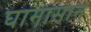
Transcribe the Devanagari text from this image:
घामासान